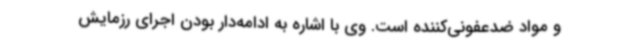
و مواد ضدعفونی‌کننده است. وی با اشاره به ادامه‌دار بودن اجرای رزمایش